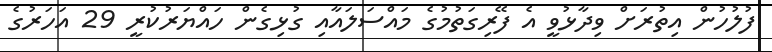
ފުލުހުން އިތުރަށް ވިދާޅުވީ އެ ފޭރިގަތުމުގެ މައްސަލައާއި ގުޅިގެން ހައްޔަރުކުރީ 29 އަހަރުގެ